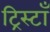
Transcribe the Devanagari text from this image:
ट्रिस्टाँ